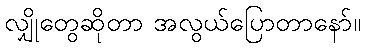
လျှိုတွေဆိုတာ အလွယ်ပြောတာနော်။